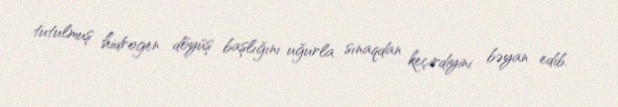
tutulmuş hidrogen döyüş başlığını uğurla sınaqdan keçirdiyini bəyan edib.